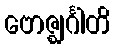
ဗောဇ္ဈင်္ဂါတိ